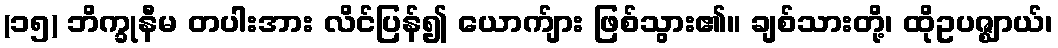
(၁၅) ဘိက္ခုနီမ တပါးအား လိင်ပြန်၍ ယောက်ျား ဖြစ်သွား၏။ ချစ်သားတို့၊ ထိုဥပဇ္ဈာယ်၊